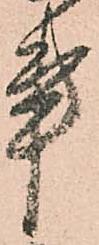
事